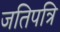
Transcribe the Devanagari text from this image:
जतिपत्रि